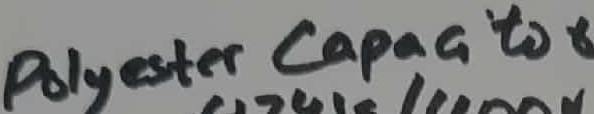
Text: Polyester capacitor